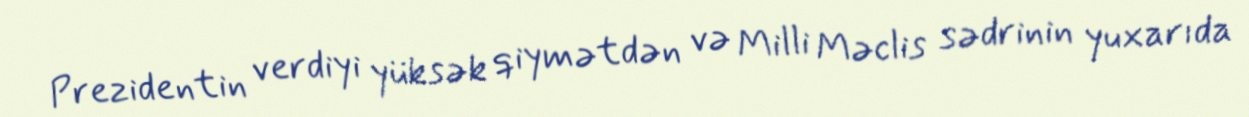
Prezidentin verdiyi yüksək qiymətdən və Milli Məclis sədrinin yuxarıda